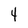
Character: 4